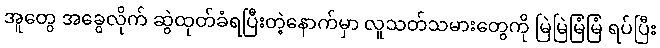
အူတွေ အခွေလိုက် ဆွဲထုတ်ခံရပြီးတဲ့နောက်မှာ လူသတ်သမားတွေကို မြဲမြဲမြံမြံ ရပ်ပြီး